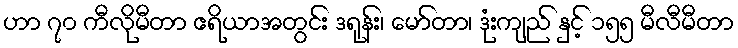
ဟာ ၇၀ ကီလိုမီတာ ဧရိယာအတွင်း ဒရုန်း၊ မော်တာ၊ ဒုံးကျည် နှင့် ၁၅၅ မီလီမီတာ